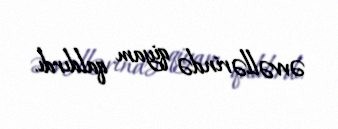
əvvəllərində qiyam qaldırdı.